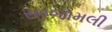
સરજામલી